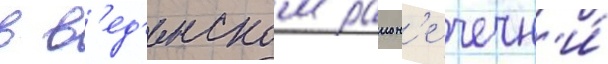
в в'ед'енском раион'е чечн'и́